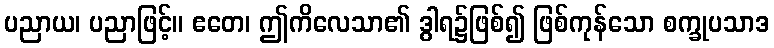
ပညာယ၊ ပညာဖြင့်။ ဧတေ၊ ဤကိလေသာ၏ ဒွါရ၌ဖြစ်၍ ဖြစ်ကုန်သော စက္ခုပသာဒ